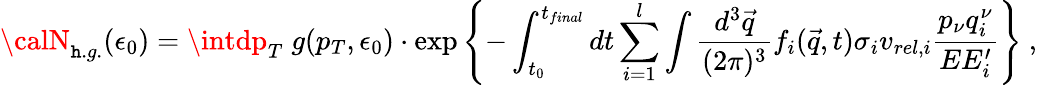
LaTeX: {\calN}_{\mathtt{h}.g.}(\epsilon_{0})=\intdp_{T}\; g(p_{T},\epsilon_{0})\cdot\exp\left\{ -\int_{t_{0}}^{t_{final}}dt\sum_{i=1}^{l}\int{\frac{{d^{3}\vec{{q}}}}{{(2\pi)^{3}}}}f_{i}(\vec{{q}},t)\sigma_{i}v_{rel,i}{\frac{{p_{\nu}q_{i}^{\nu}}}{{EE_{i}^{\prime}}}}\right\} \ ,